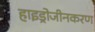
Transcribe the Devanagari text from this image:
हाइड्रोजीनकरण